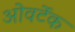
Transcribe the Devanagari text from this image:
ओवर्टेक